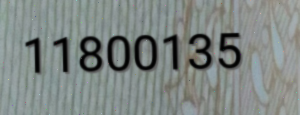
11800135